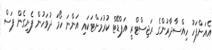
އެއަށްފަހު ހިއްސާދާރުންގެ ރަޖިސްޓްރީ އަޕްޑޭޓް ކުރުމަށްޓަކައި އަންނަ ހޯމަ ދުވަހުން ފެށިގެން ފަސް